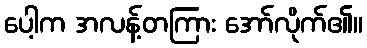
ပေါ့က အလန့်တကြား အော်လိုက်၏။